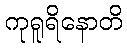
ကုရူရိနောတိ